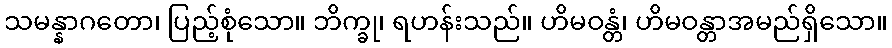
သမန္နာဂတော၊ ပြည့်စုံသော။ ဘိက္ခု၊ ရဟန်းသည်။ ဟိမဝန္တံ၊ ဟိမဝန္တာအမည်ရှိသော။